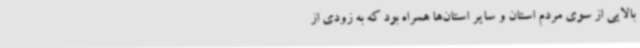
بالایی از سوی مردم استان و سایر استان‌ها همراه بود که به زودی از